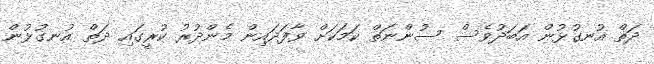
ދަތް އުނގުޅުން އަބަދުވެސް ސުންނަތް ކަމަކަށް ވާފަދައިން މެންދުރު ކުރީގައި ދަތް އުނގުޅުން